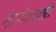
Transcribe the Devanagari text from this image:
नाभ्यंतरवाले